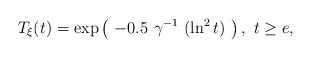
\begin{align*} T_{\xi}(t) = \exp \left( \ - 0.5 \ \gamma^{-1} \ (\ln^2 t) \ \right), \ t \ge e,\end{align*}